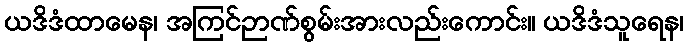
ယဒိဒံထာမေန၊ အကြင်ဉာဏ်စွမ်းအားလည်းကောင်း။ ယဒိဒံသူရေန၊